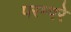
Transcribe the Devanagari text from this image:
परम्परे